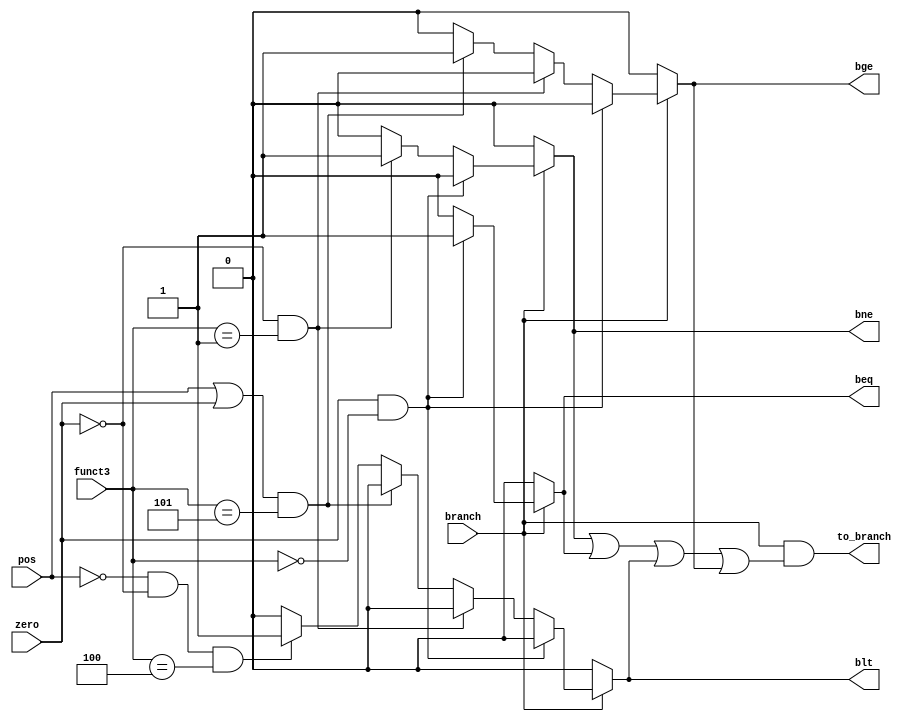
module branch_module(
  input zero,
  input pos,
  input branch,
  input [2:0] funct3,
  output reg bne,
  output reg beq,
  output reg bge,
  output reg blt,
  output reg to_branch
);
  always @(*)
    begin
      if (branch) begin
        if (zero && funct3 == 3'b000) begin
            beq <= 1'b1;
            bne <= 1'b0;
            bge <= 1'b0;
            blt <= 1'b0;
        end
        else if (~zero && funct3 == 3'b001) begin
            bne <= 1'b1;
            beq <= 1'b0;
            bge <= 1'b0;
            blt <= 1'b0;
        end
        else if ((pos || zero) && funct3 ==3'b101) begin
            bne <= 1'b0;
            beq <= 1'b0;
            bge <= 1'b1;
            blt <= 1'b0;
        end
        else if ((~pos && ~zero) && funct3 ==3'b100) begin
            bne <= 1'b0;
            beq <= 1'b0;
            blt <= 1'b1;
            bge <= 1'b0;
        end
        else begin
            bne <= 1'b0;
            beq <= 1'b0;
            blt <= 1'b0;
            bge <= 1'b0;
        end
      end
      else begin
            bne <= 1'b0;
            beq <= 1'b0;
            blt <= 1'b0;
            bge <= 1'b0;
      end
      to_branch <= branch && (bne || beq || blt || bge);
    end
endmodule